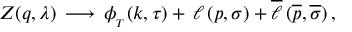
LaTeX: Z ( q , \lambda ) \, \longrightarrow \, \phi _ { _ T } ( k , \tau ) + \, \ell \, ( p , \sigma ) + \overline { { { \ell } } } \, ( { \overline { { { p } } } } , \overline { { { \sigma } } } ) \, ,